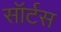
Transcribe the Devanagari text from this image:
सॉर्टस